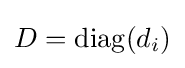
D=\operatorname {diag} (d_{i})